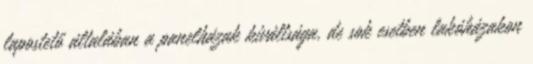
lapostető általában a panelházak kiváltsága, de sok esetben lakóházakon